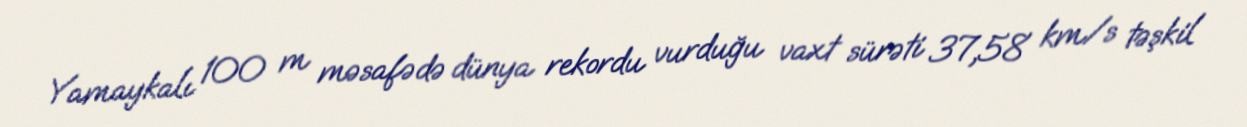
Yamaykalı 100 m məsafədə dünya rekordu vurduğu vaxt sürəti 37,58 km/s təşkil